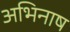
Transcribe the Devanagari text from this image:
अभिनाष